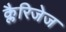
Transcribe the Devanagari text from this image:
क्लैरिजेज